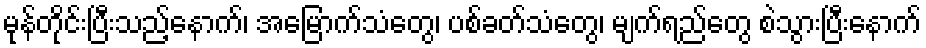
မုန်တိုင်းပြီးသည့်နောက်၊ အမြောက်သံတွေ၊ ပစ်ခတ်သံတွေ၊ မျက်ရည်တွေ စဲသွားပြီးနောက်